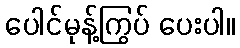
ပေါင်မုန့်ကြွပ် ပေးပါ။